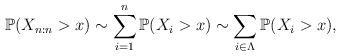
LaTeX: \begin{align*}\mathbb{P}(X_{n:n}>x)\sim \sum_{i=1}^{n}\mathbb{P}(X_{i}>x)\sim \sum_{i\in\Lambda }\mathbb{P}(X_{i}>x), \end{align*}